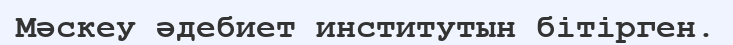
Мәскеу әдебиет институтын бітірген.